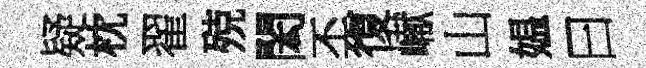
疑枕翟殑閎丕復𪩘山媪曰